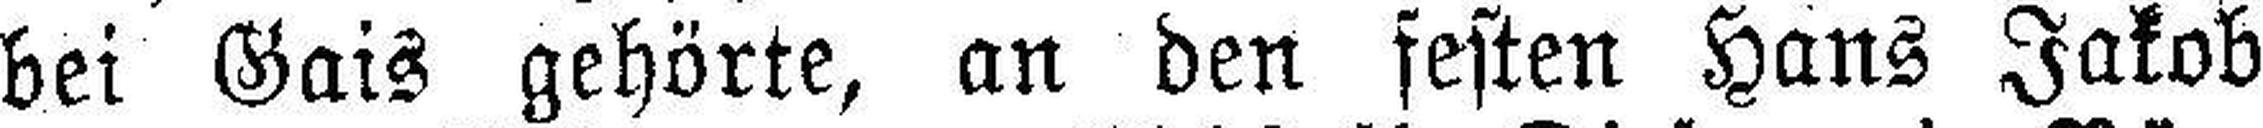
bei Gais gehörte, an den festen Hans Jakob